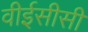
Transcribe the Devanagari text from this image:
वीईसीसी